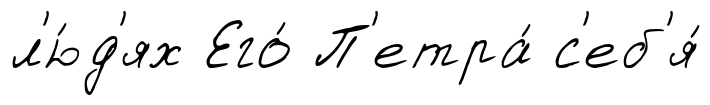
л'ю́д'ях Его́ П'етра́ с'еб'я́